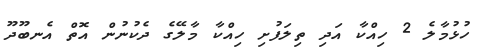
ހުޅުމާލެ 2 ހިއްކާ އަދި ތިލަފުށި ހިއްކާ މާލޭގެ ދެކުނުން އޮތް އެނބޫދޫ